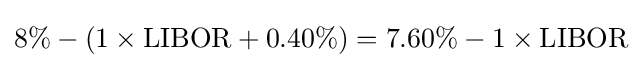
8\%-\left(1\times {\text{LIBOR}}+0.40\%\right)=7.60\%-1\times {\text{LIBOR}}